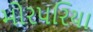
મોરપરિયા